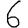
Digit: 6